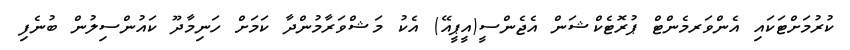
ކުރުމަށްޓަކައި އެންވަރމެންޓް ޕުރޮޓެކްޝަން އެޖެންސީ(އީޕީއޭ) އެކު މަޝްވަރާމުންދާ ކަމަށް ހަނިމާދޫ ކައުންސިލުން ބުނެފި